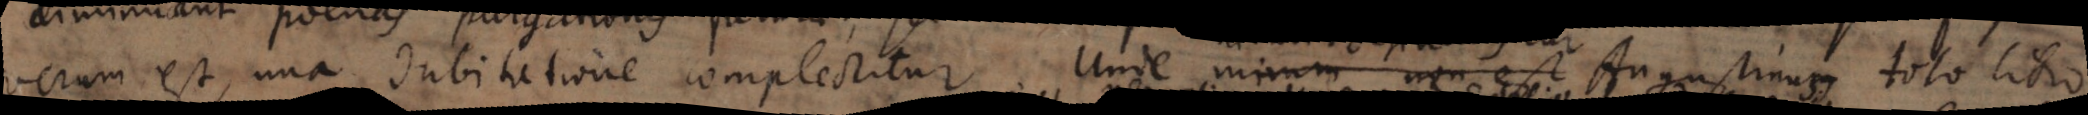
verum est, una dubitatione complectitur. Unde mirum non est Augustinus toto libro